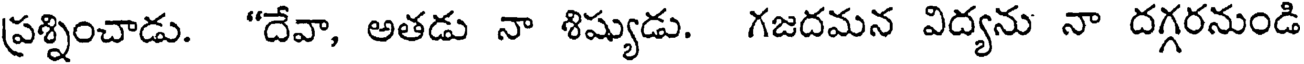
ప్రశ్నించాడు. "దేవా, అతడు నా శిష్యుడు. గజదమన విద్యను నా దగ్గరనుండి